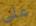
على